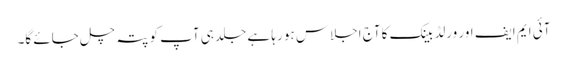
آئی ایم ایف اور ورلڈ بینک کا آج اجلاس ہو رہا ہے جلد ہی آپ کو پتہ چل جائے گا۔